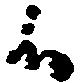
候